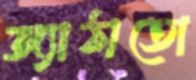
জ্যাঠাতো